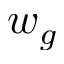
w _ { g }